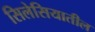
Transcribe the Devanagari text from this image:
सिलेसियातील